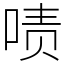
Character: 啧